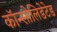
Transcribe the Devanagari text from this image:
कॉन्सोलिडेटेड